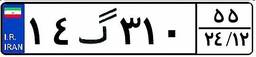
۱۴گ۳۱۰۵۵